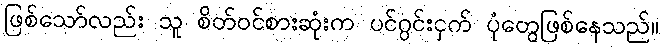
ဖြစ်သော်လည်း သူ စိတ်ဝင်စားဆုံးက ပင်ဂွင်းငှက် ပုံတွေဖြစ်နေသည်။